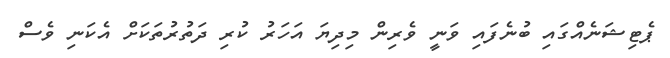
ޕެޓިޝަނެއްގައި ބުނެފައި ވަނީ ވެރިން މިދިޔަ އަހަރު ކުރި ދަތުރުތަކަށް އެކަނި ވެސް